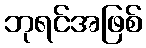
ဘုရင်အဖြစ်